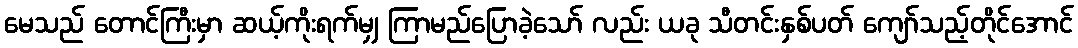
မေသည် တောင်ကြီးမှာ ဆယ့်ကိုးရက်မျှ ကြာမည်ပြောခဲ့သော် လည်း ယခု သီတင်းနှစ်ပတ် ကျော်သည့်တိုင်အောင်